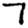
Digit: 7